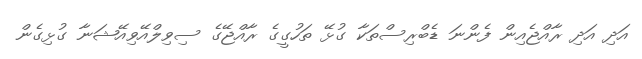
އަދި އަދި ރާއްޖެއިން ފެންނަ ޑެބްރިސްތަކާ ގުޅޭ ތަހުގީގެ ރާއްޖޭގެ ސިވިލްއޭވިއޭޝަނާ ގުޅިގެން